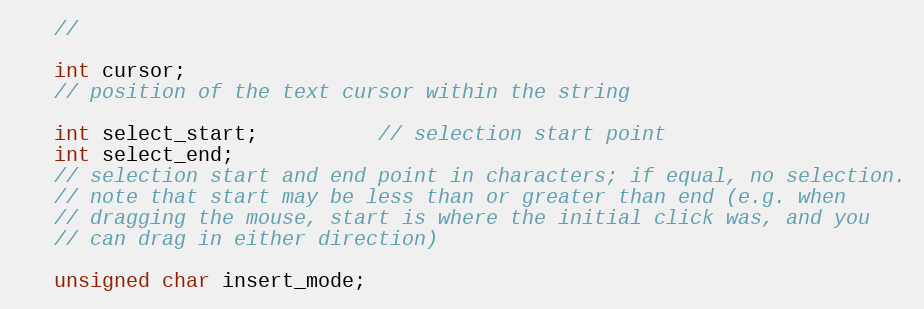
Language: C
   //

   int cursor;
   // position of the text cursor within the string

   int select_start;          // selection start point
   int select_end;
   // selection start and end point in characters; if equal, no selection.
   // note that start may be less than or greater than end (e.g. when
   // dragging the mouse, start is where the initial click was, and you
   // can drag in either direction)

   unsigned char insert_mode;